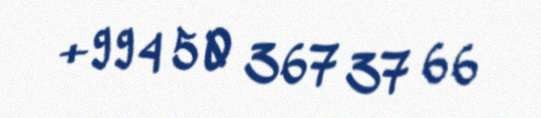
+994 50 367 37 66